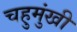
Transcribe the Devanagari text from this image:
चहुमुंखी